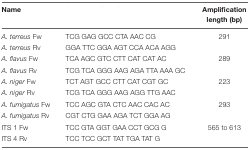
<table><thead><tr><td><b>Name</b></td><td>[EMPTY_CELL]</td><td><b>Amplification length (bp)</b></td></tr></thead><tbody><tr><td><i>A. terreus</i> Fw</td><td>TCG GAG GCC CTA AAC CG</td><td>291</td></tr><tr><td><i>A. terreus</i> Rv</td><td>GGA TTC GGA AGT CCA ACA AGG</td><td>[EMPTY_CELL]</td></tr><tr><td><i>A. flavus</i> Fw</td><td>TCA AGC GTC CTT CAT CAT AC</td><td>289</td></tr><tr><td><i>A. flavus</i> Rv</td><td>TCG TCA GGG AAG AGA TTA AAA GC</td><td>[EMPTY_CELL]</td></tr><tr><td><i>A. niger</i> Fw</td><td>TCT AGT GCC CTT CAT CGT GC</td><td>223</td></tr><tr><td><i>A. niger</i> Rv</td><td>TCG TCA GGG AAG AGG TTG AAC</td><td>[EMPTY_CELL]</td></tr><tr><td><i>A. fumigatus</i> Fw</td><td>TCC AGC GTA CTC AAC CAC AC</td><td>293</td></tr><tr><td><i>A. fumigatus</i> Rv</td><td>CGT CTG GAA AGA TCT GGA AG</td><td>[EMPTY_CELL]</td></tr><tr><td>ITS 1 Fw</td><td>TCC GTA GGT GAA CCT GCG G</td><td>565 to 613</td></tr><tr><td>ITS 4 Rv</td><td>TCC TCC GCT TAT TGA TAT G</td><td>[EMPTY_CELL]</td></tr></tbody></table>